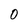
Character: 0